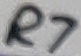
Text: R7